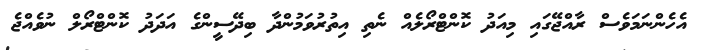
އެހެންނަމަވެސް ރާއްޖޭގައި މިއަދު ކޮންޓްރޯލެއް ނެތި އިތުރުވަމުންދާ ބިދޭސީންގެ އަދަދު ކޮންޓްރޯލް ނުވެއްޖެ